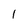
Character: 1